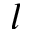
l